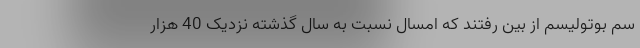
سم بوتولیسم از بین رفتند که امسال نسبت به سال گذشته نزدیک 40 هزار